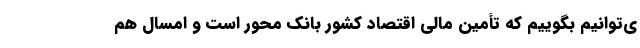
ی‌توانیم بگوییم که تأمین مالی اقتصاد کشور بانک ‌محور است و امسال هم